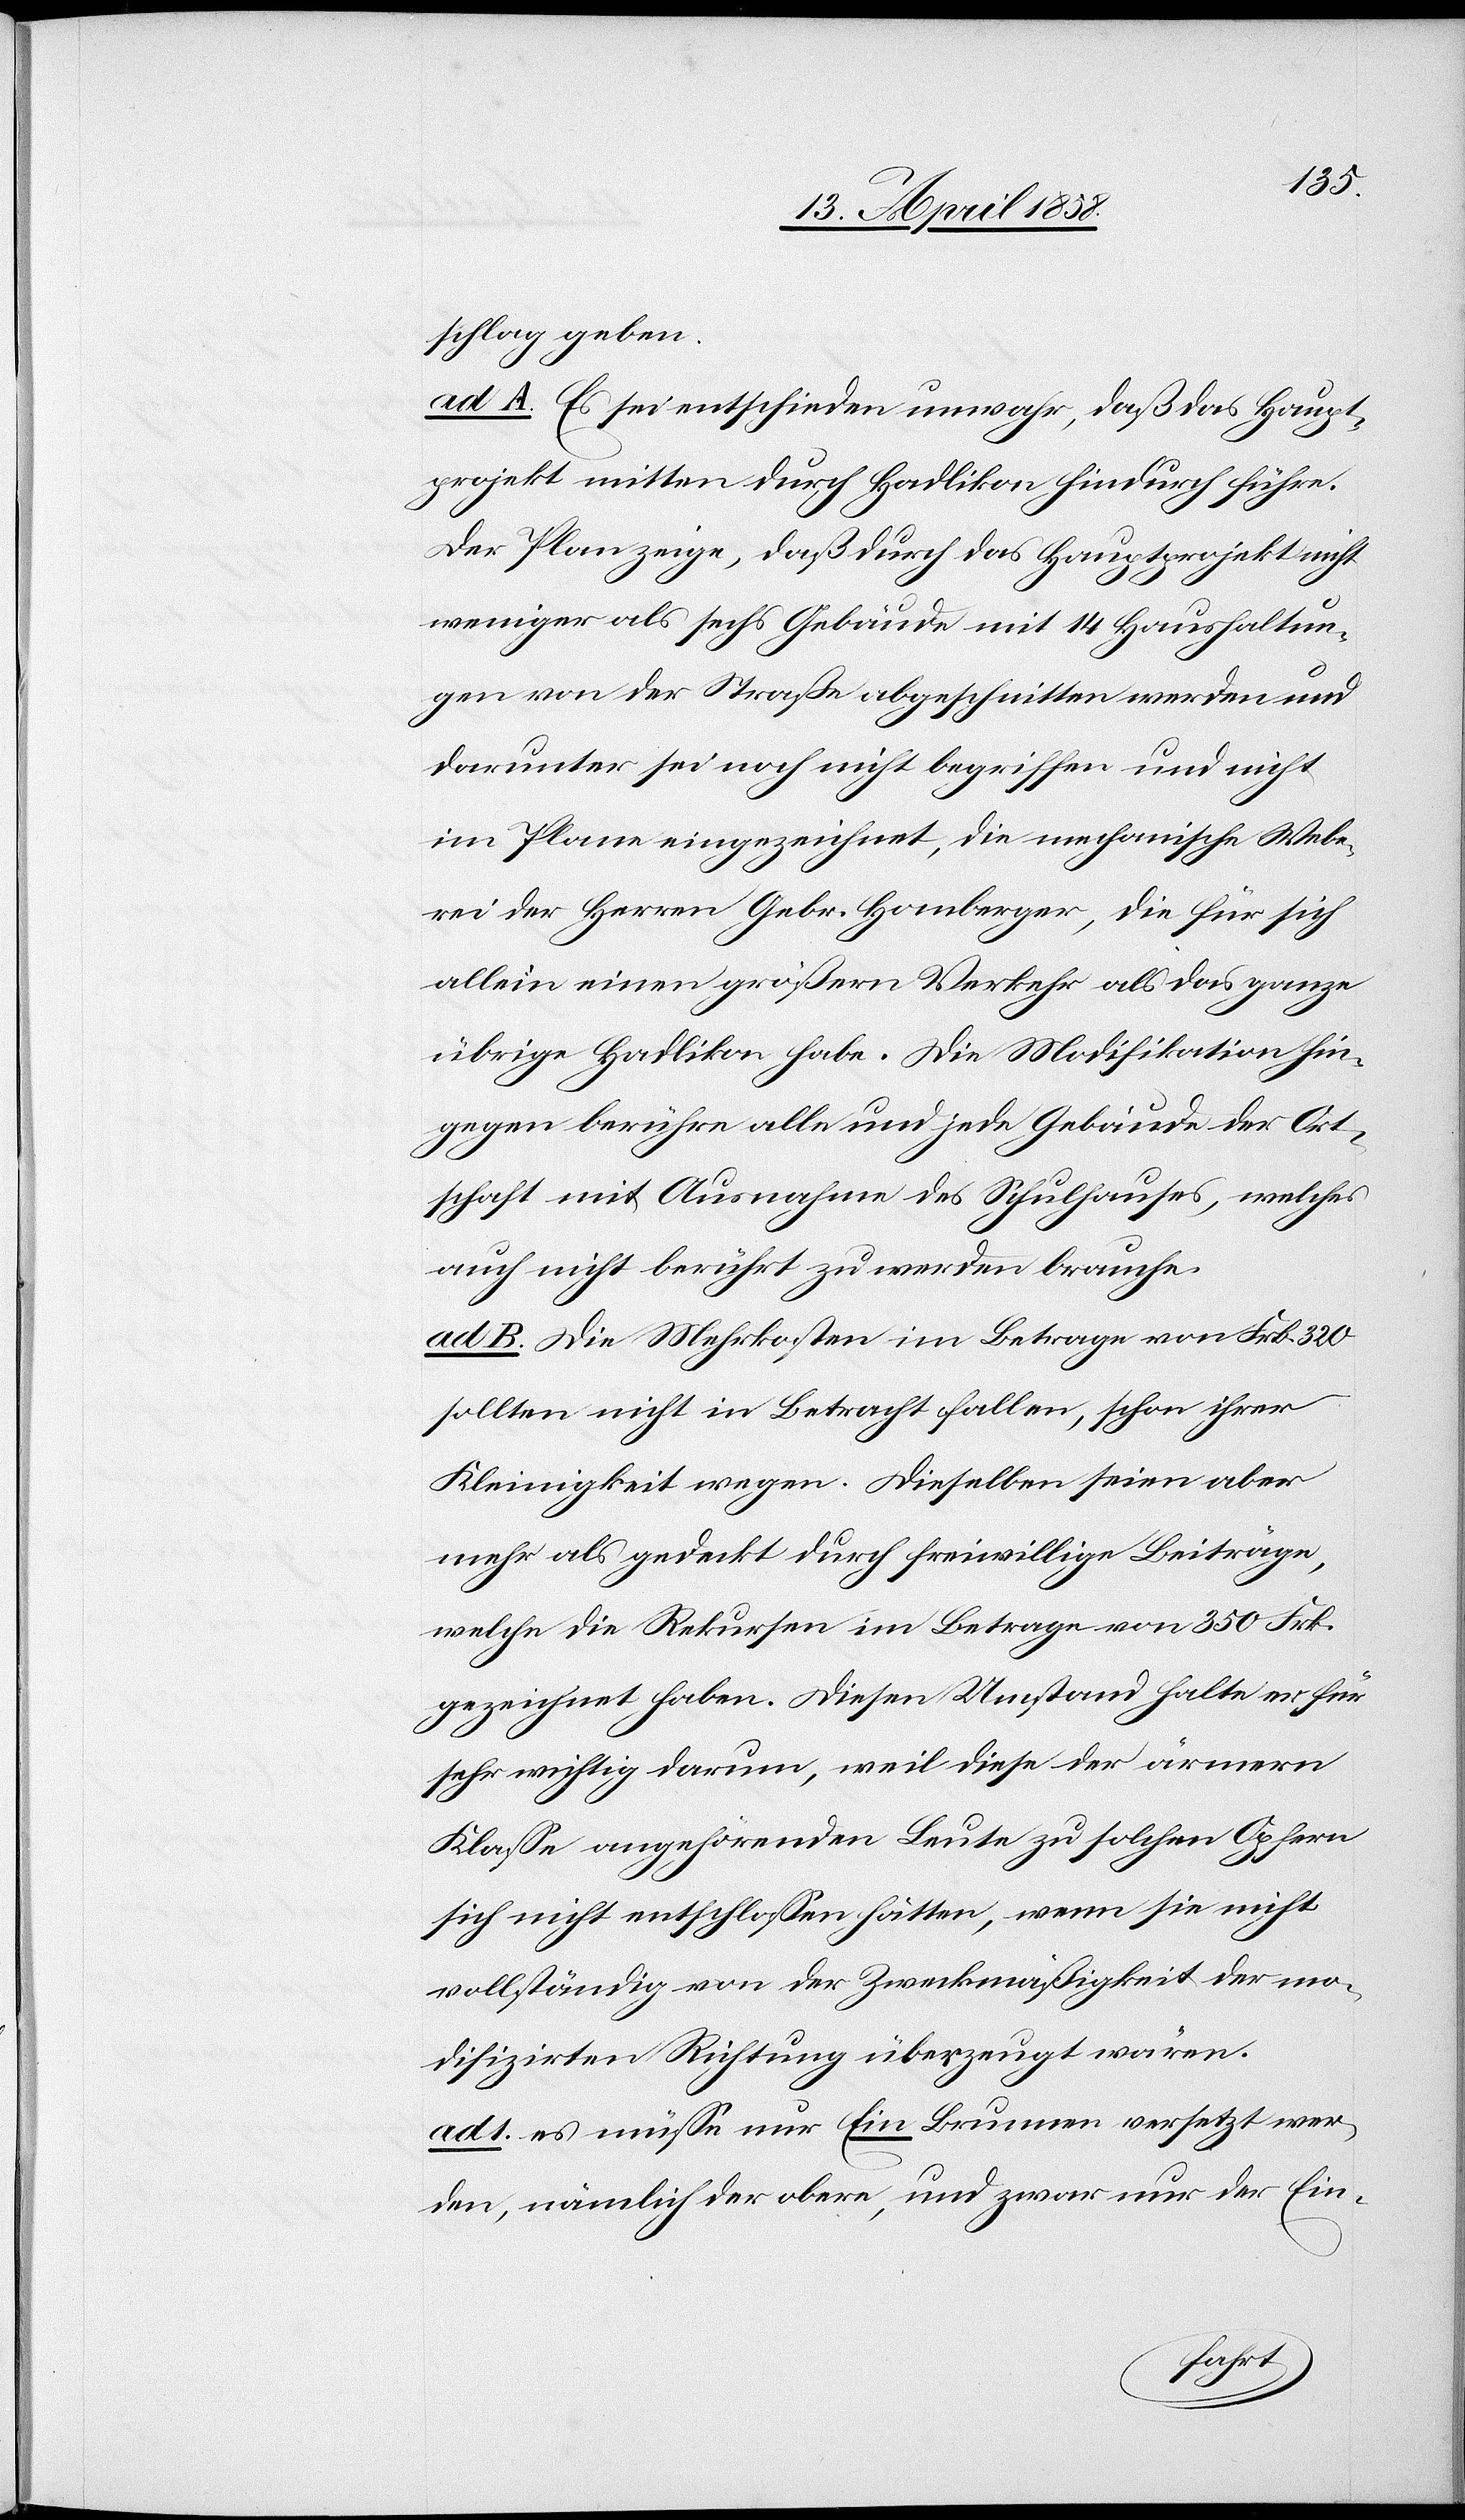
schlag geben.
ad. A. Es sei entschieden unwahr, daß das Haupt¬
projekt mitten durch Hadlikon hindurch führe.
Der Plan zeige, daß durch das Hauptprojekt nicht
weniger als sechs Gebäude mit 14 Haushaltun¬
gen von der Straße abgeschnitten werden und
darunter sei noch nicht begriffen und nicht
im Plane eingezeichnet, die mechanische Webe¬
rei der Herren Gebr. Homberger, die für sich
alleine ein größern Verkehr als das ganze
übrige Hadlikon habe. Die Modifikation hin¬
gegen berühre alle und jede Gebäude der Ort¬
schaft mit Ausnahme des Schulhauses, welches
auch nicht berührt zu werden brauche.
ad. B. Die Mehrkosten im Betrage von Frk. 320
sollten nicht in Betracht fallen, schon ihrer
Kleinigkeit wegen. Dieselben seien aber
mehr als gedeckt durch freiwillige Beiträge,
welche die Rekursen im Betrag von 350 Frk.
gezeichnet haben. Diesen Umstand halte er für
sehr wichtig darum, weil diese der ärmern
Klasse angehörenden Leute zu solchen Opfern
sich nicht entschlossen hätten, wenn sie nicht
vollständig von der Zweckmäßigkeit der mo¬
difizirten Richtung überzeugt wären.
ad 1. es müsse nur Ein Brunnen versetzt wer¬
den, nämlich der obere, und zwar nur der Ein-